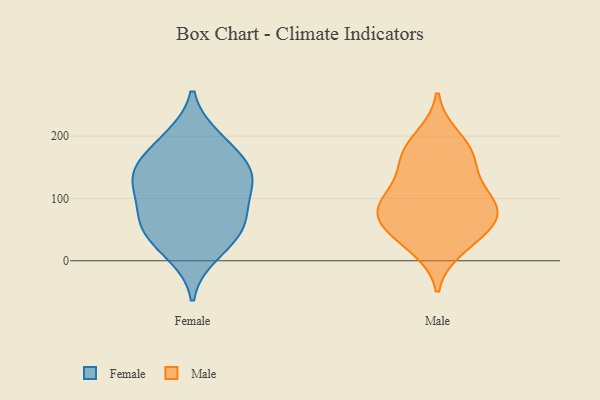
{"axis": {"x": "Page Views", "y": "Value"}, "legend": ["Female", "Male"], "data": [{"x": "", "y": 150, "type": "Female"}, {"x": "", "y": 140, "type": "Female"}, {"x": "", "y": 54, "type": "Female"}, {"x": "", "y": 121, "type": "Female"}, {"x": "", "y": 155, "type": "Female"}, {"x": "", "y": 55, "type": "Female"}, {"x": "", "y": 192, "type": "Female"}, {"x": "", "y": 29, "type": "Female"}, {"x": "", "y": 77, "type": "Female"}, {"x": "", "y": 133, "type": "Female"}, {"x": "", "y": 198, "type": "Female"}, {"x": "", "y": 112, "type": "Female"}, {"x": "", "y": 67, "type": "Female"}, {"x": "", "y": 10, "type": "Female"}, {"x": "", "y": 198, "type": "Male"}, {"x": "", "y": 112, "type": "Male"}, {"x": "", "y": 74, "type": "Male"}, {"x": "", "y": 37, "type": "Male"}, {"x": "", "y": 99, "type": "Male"}, {"x": "", "y": 160, "type": "Male"}, {"x": "", "y": 160, "type": "Male"}, {"x": "", "y": 94, "type": "Male"}, {"x": "", "y": 53, "type": "Male"}, {"x": "", "y": 21, "type": "Male"}, {"x": "", "y": 67, "type": "Male"}, {"x": "", "y": 80, "type": "Male"}, {"x": "", "y": 175, "type": "Male"}]}